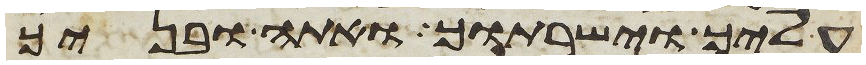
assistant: עליך וישרתוך ואתה ובניך